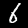
Label: 6